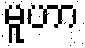
မူဟာ